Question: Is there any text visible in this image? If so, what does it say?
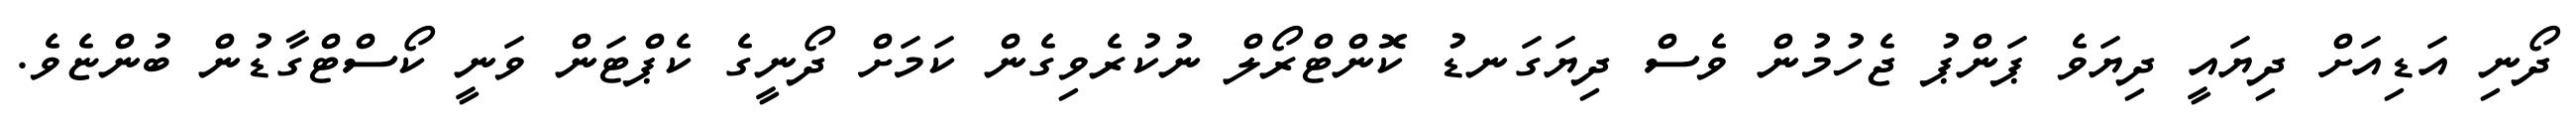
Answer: ދޯނި އަޑިއަށް ދިޔައީ ދިޔަވެ ޕަންޕު ޖެހުމުން ވެސް ދިޔަގަނޑު ކޮންޓްރޯލް ނުކުރެވިގެން ކަމަށް ދޯނީގެ ކެޕްޓަން ވަނީ ކޯސްޓްގާޑުން ބުންޏެވެ.